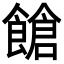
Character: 𩝞